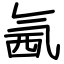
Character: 氥